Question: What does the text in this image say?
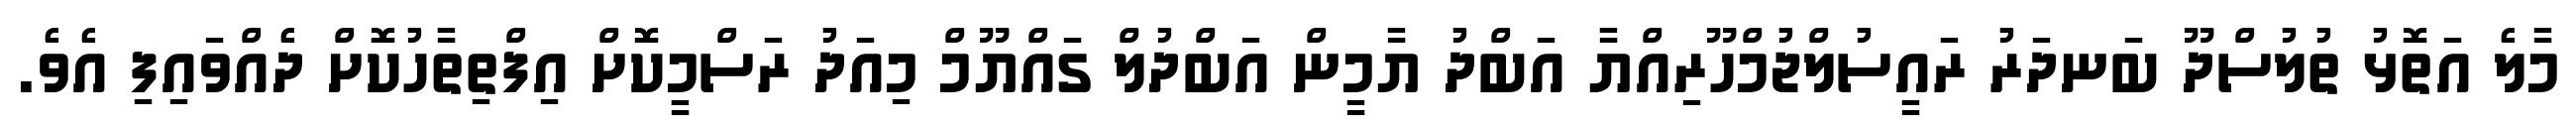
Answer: މާލެ އަތޮޅު ތުލުސްދޫ ބަނދަރު ރައީސުލްޖުމްހޫރިއްޔާ އަބްދު ޔާމީން އަބްދުލް ގައްޔޫމް މިއަދު ރަސްމީކޮށް އިފްތިތާހުކޮށް ދެއްވައިފި އެވެ.